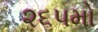
૨૬૫મો